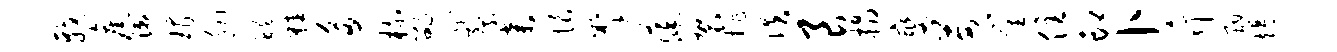
戟旧漱瑁胭醴鞋多梳劭趾察弃恨掣葆袈排佚良榻燮苗崔住印卜斤酣竭